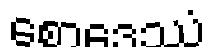
စောဒေဿံ